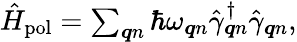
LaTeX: \begin{array}{r}{\hat{H}_{\mathrm{pol}}=\sum_{\boldsymbol{q}n}\hbar\omega_{\boldsymbol{q}n}\hat{\gamma}_{\boldsymbol{q}n}^{\dagger}\hat{\gamma}_{\boldsymbol{q}n},}\end{array}